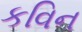
કવિન